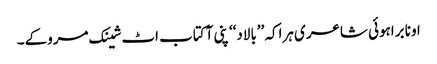
اونا براہوئی شاعری ہراکہ ’’بالاد‘‘ پنی آ کتاب اٹ شینک مروکے۔